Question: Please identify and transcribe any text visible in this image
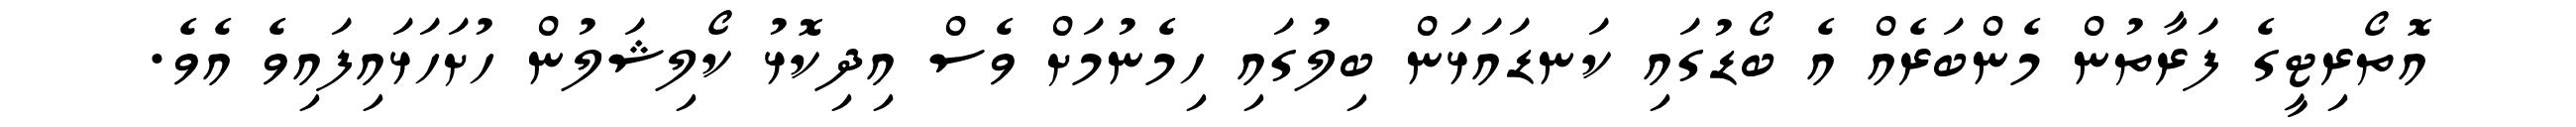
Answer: އޮތޯރިޓީގެ ފަރާތުން މެންބަރެއް އެ ބޯޑުގައި ކަނޑައަޅަން ބިލުގައި ހިމެނުމަށް ވެސް އިދިކޮޅު ކޯލިޝަލުން ހުށަހަޅައިފައިވެ އެވެ.